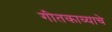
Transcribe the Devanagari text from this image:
गीतकाव्याचे